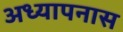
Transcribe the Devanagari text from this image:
अध्यापनास